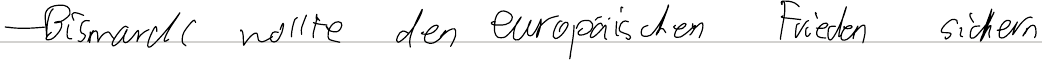
- Bismarck wollte den europäischen Frieden sichern